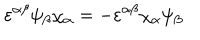
\varepsilon ^ { \alpha \beta } \psi _ { \beta } \chi _ { \alpha } = - \varepsilon ^ { \alpha \beta } \chi _ { \alpha } \psi _ { \beta }